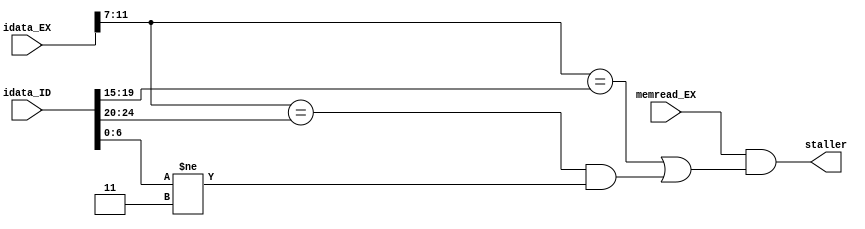
`timescale 1ns / 1ps
//////////////////////////////////////////////////////////////////////////////////
// Company: 
// Engineer: 
// 
// Design Name: 
// Module Name:    staller 
// Project Name: 
// Target Devices: 
// Tool versions: 
// Description: 
//
// Dependencies: 
//
// Revision: 
// Revision 0.01 - File Created
// Additional Comments: 
//
//////////////////////////////////////////////////////////////////////////////////
module staller(
    input memread_EX,
	 input [31:0] idata_EX,
    input [31:0] idata_ID,
    output staller
    );
	 

	assign staller = ( memread_EX && ((idata_EX[11:7] == idata_ID[19:15]) || ((idata_EX[11:7] == idata_ID[24:20]) && (idata_ID[6:0] != 7'b0000011))));

endmodule